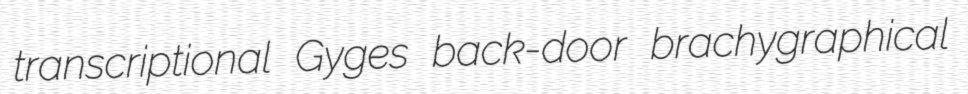
transcriptional Gyges back-door brachygraphical